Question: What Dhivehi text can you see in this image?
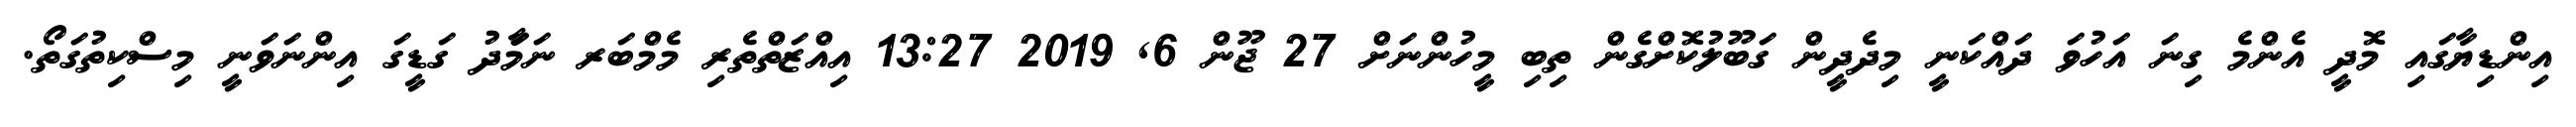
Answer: އިންޑިޔާގައި މޮދީ އެންމެ ގިނަ އަހުވަ ދައްކަނީ މިދެދީން ގަބޫލުކޮށްގެން ތިބި މީހުންނަށް 27 ޖޫން 6, 2019 13:27 އިއްޒަތްތެރި މެމްބަރ ނަމަާދު ގަޑީގަ އިންނަވަނީ މިސްކިތުގަތޯ.